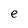
Character: e